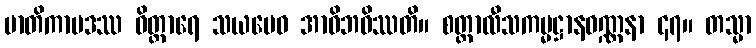
မာတိကာပဒဿ ဝိတ္ထာရေ သယမေဝ အာဝိဘဝိဿတိ။ စတ္တာလီသကမ္မဋ္ဌာနဝဏ္ဏနာ ၄၇။ တသ္မာ